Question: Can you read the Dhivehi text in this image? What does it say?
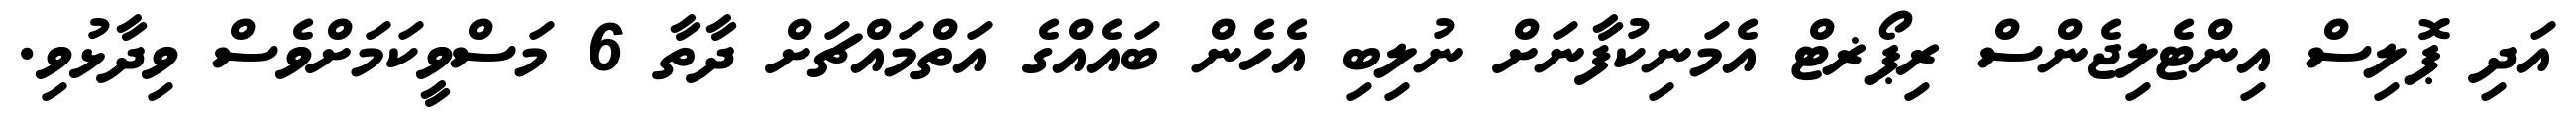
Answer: އަދި ޕޮލިސް އިންޓެލިޖެންސް ރިޕޯޜޓް އެމަނިކުފާނަށް ނުލިބި އެހެން ބައެއްގެ އަތްމައްޗަށް ދާތާ 6 މަސްވީކަމަށްވެސް ވިދާޅުވި.